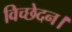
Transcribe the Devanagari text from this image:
विच्छेदन।